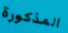
المذكورة